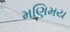
મણિમય